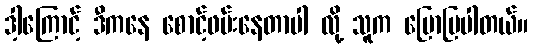
ဒါ့ကြောင့် ဒီကနေ စောင့်ဖမ်းနေတာပါ လို့ သူက ပြောပြပါတယ်။